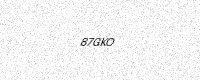
Text: 87GKO